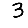
Digit: 3